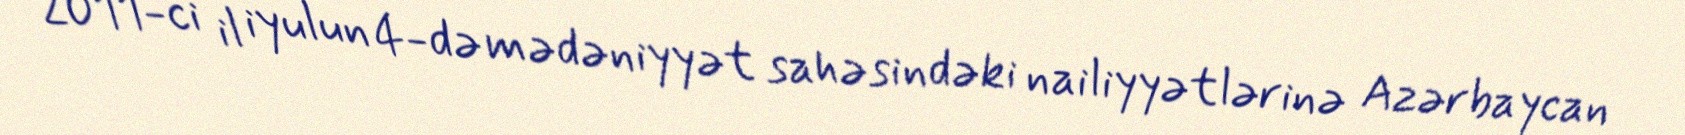
2011-ci il iyulun 4-də mədəniyyət sahəsindəki nailiyyətlərinə Azərbaycan